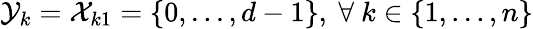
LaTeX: \mathcal{Y}_{k}=\mathcal{X}_{k1}=\{ 0,...,d-1\} ,~\forall~k\in\{ 1,...,n\}